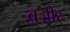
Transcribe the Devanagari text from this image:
वजीरः